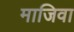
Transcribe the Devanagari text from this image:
माजिवा